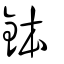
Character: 鉢